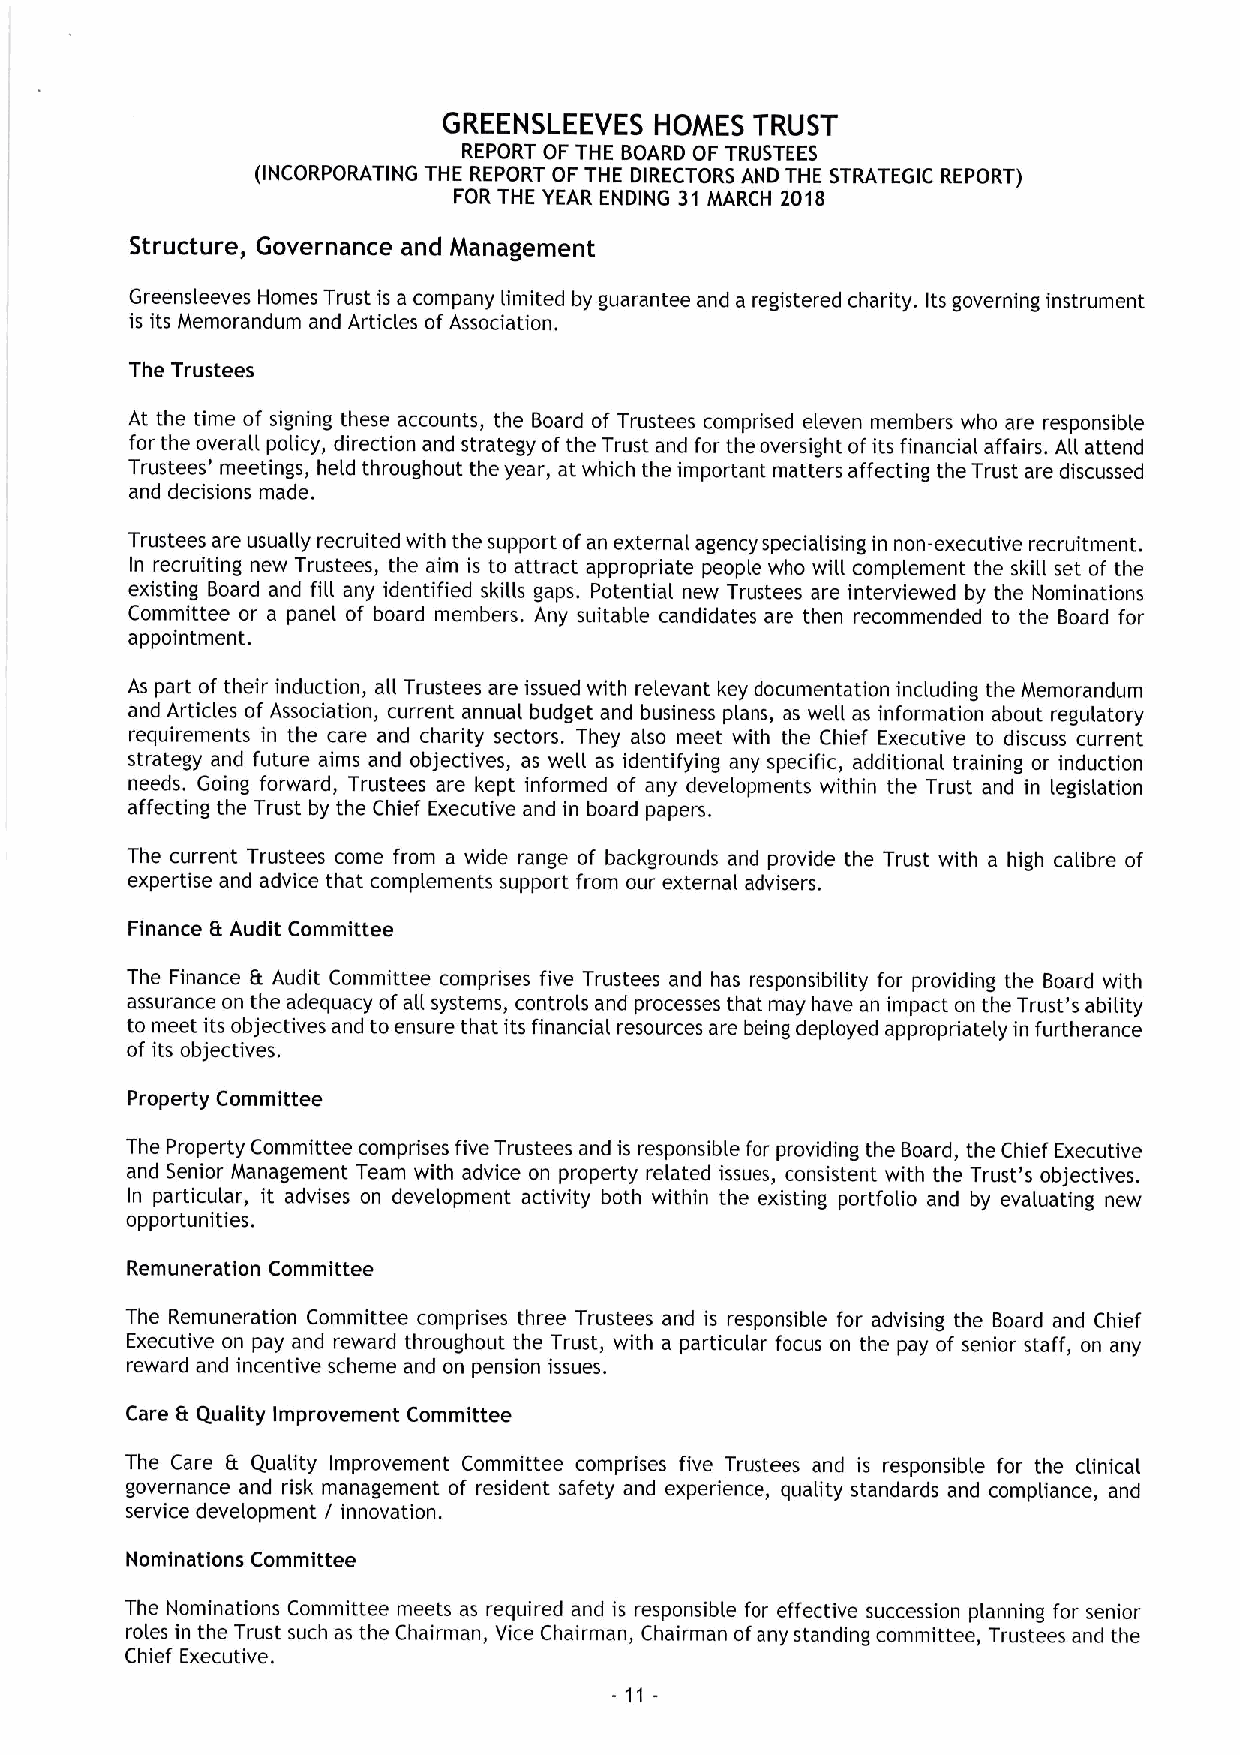
GREENSLEEVES  HOMES  TRUST
 REPORT OF THE BOARD OF TRUSTEES
 (INCORPORATING THE REPORT OF THE DIRECTORS AND THE STRATEGIC REPORT)
 FOR THE YEAR ENDING 31 MARCH 2018
 Structure, Governance and Management
 Greensleeves Homes Trust is a company limited by guarantee and a registered charity. Its governing instrument
 is its Memorandum and Articles of Association.
 The Trustees
 At the time of signing these accounts, the Board of Trustees comprised eleven members who are responsible
 for the overall policy, direction and strategy ofthe Trust and for the oversight ofits financial affairs. All attend
 Trustees' meetings, held throughout the year, at which the important matters affecting the Trust are discussed
 and decisions made.
 Trustees are usually recruited with the support ofan external agency specialising in non-executive recruitment.
 In recruiting new Trustees, the aim is to attract appropriate people who will complement the skill set of the
 existing Board and fill any identified skills gaps. Potential new Trustees are interviewed by the Nominations
 Committee or a panel of board members. Any suitable candidates are then recommended to the Board for
 appointment.
 As part of their induction, all Trustees are issued with relevant key documentation including the Memorandum
 and Articles of Association, current annual budget and business plans, as well as information about regulatory
 requirements in the care and charity sectors. They also meet with the Chief Executive to discuss current
 strategy and future aims and objectives, as well as identifying any specific, additional training or induction
 needs. Going forward, Trustees are kept informed of any developments within the Trust and in legislation
 affecting the Trust by the Chief Executive and in board papers.
 The current Trustees come from a wide range of backgrounds and provide the Trust with a high calibre of
 expertise and advice that complements support from our external advisers.
 Finance Et Audit Committee
 The Finance Et Audit Committee comprises five Trustees and has responsibility for providing the Board with
 assurance on the adequacy ofall systems, controls and processes that may have an impact on the Trust's ability
 to meet its objectives and to ensure that its financial resources are being deployed appropriately in furtherance
 of its objectives.
 Property Committee
 The Property Committee comprises five Trustees and is responsible for providing the Board, the Chief Executive
 and Senior Management Team with advice on property related issues, consistent with the Trust's objectives.
 In particular, it advises on development activity both within the existing portfolio and by evaluating new
 opportunities.
 Remuneration Committee
 The Remuneration Committee comprises three Trustees and is responsible for advising the Board and Chief
 Executive on pay and reward throughout the Trust, with a particular focus on the pay of senior staff, on any
 reward and incentive scheme and on pension issues.
 Care Et Quality Improvement Committee
 The Care Et Quality Improvement Committee comprises five Trustees and is responsible for the clinical
 governance and risk management of resident safety and experience, quality standards and compliance, and
 service development / innovation.
 Nominations Committee
 The Nominations Committee meets as required and is responsible for effective succession planning for senior
 roles in the Trust such as the Chairman, Vice Chairman, Chairman ofany standing committee, Trustees and the
 Chief Executive.
 - 11